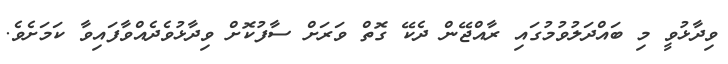
ވިދާޅުވީ މި ބައްދަލުވުމުގައި ރާއްޖޭން ދެކޭ ގޮތް ވަަރަށް ސާފުކޮށް ވިދާޅުވެދެއްވާފައިވާ ކަމަށެވެ.